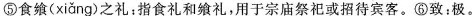
⑤食飨( xiang )之礼：指食礼和飨礼，用于宗庙祭祀或招待宾客。⑥致：极。